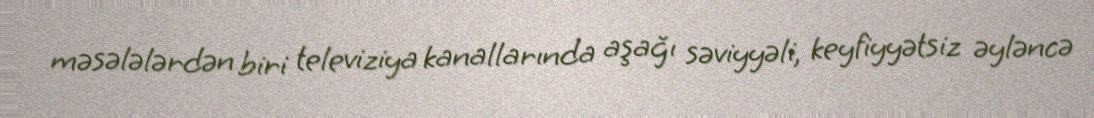
məsələlərdən biri televiziya kanallarında aşağı səviyyəli, keyfiyyətsiz əyləncə